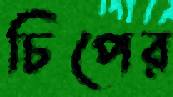
চিপের